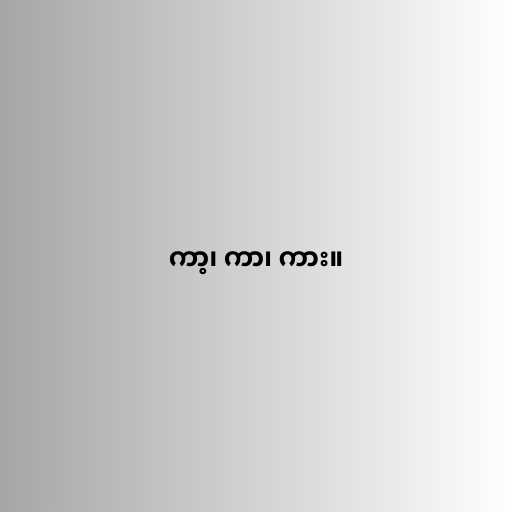
ကာ့၊ ကာ၊ ကား။